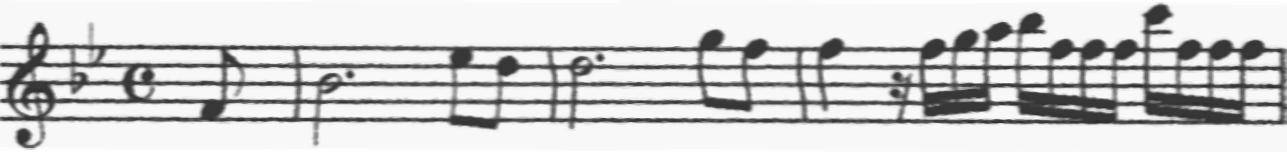
Transcription: clef-G2 keySignature-BbM timeSignature-C note-F4_eighth barline note-Bb4_half. note-Eb5_eighth note-D5_eighth barline note-D5_half. note-G5_eighth note-F5_eighth barline note-F5_quarter rest-sixteenth note-F5_sixteenth note-G5_sixteenth note-A5_sixteenth note-Bb5_sixteenth note-F5_sixteenth note-F5_sixteenth note-F5_sixteenth note-C6_sixteenth note-F5_sixteenth note-F5_sixteenth note-F5_sixteenth barline